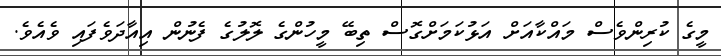
މީގެ ކުރިންވެސް މައްކާއަށް އަޅުކަމަށްގޮސް ތިބޭ މީހުންގެ ލޮލުގެ ފެނުން އިއާދަވެފައި ވެއެވެ.